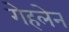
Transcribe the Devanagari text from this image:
गेहलेन